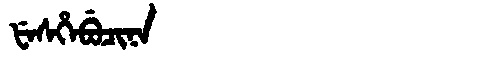
Manchu: ᡶᡝᠰᡥᡝᠪᡠᠴᡳᠨᠠ
Romanization: FESHEBUCINA